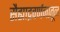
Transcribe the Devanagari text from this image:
सैह्याद्रवर्णनातून